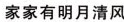
家家有明月清风